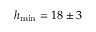
h _ { \operatorname* { m i n } } = 1 8 \pm 3